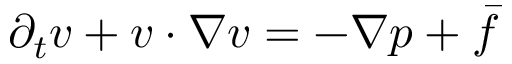
\partial _ { t } v + v \cdot \nabla v = - \nabla p + \bar { f }